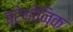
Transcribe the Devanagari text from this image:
ब्रेथोनिक